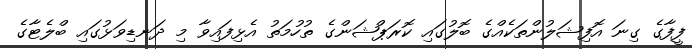
ފީފާގެ ގިނަ އޮފިޝަލުންތަކެއްގެ ބޮލުގައި ކޮރަޕްޝަންގެ ތުހުމަތު އެޅިފައިވާ މި ދަނޑިވަޅުގައި ބްލެޓާގެ